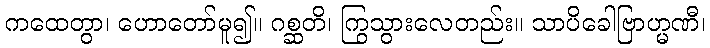
ကထေတွာ၊ ဟောတော်မူ၍။ ဂစ္ဆတိ၊ ကြွသွားလေတည်း။ သာပိခေါဗြာဟ္မဏီ၊